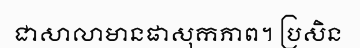
ជាសាលាមានផាសុកភាព។ ប្រសិន